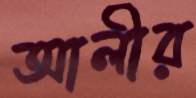
আলীর